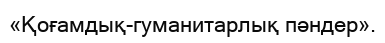
«Қоғамдық-гуманитарлық пәндер».